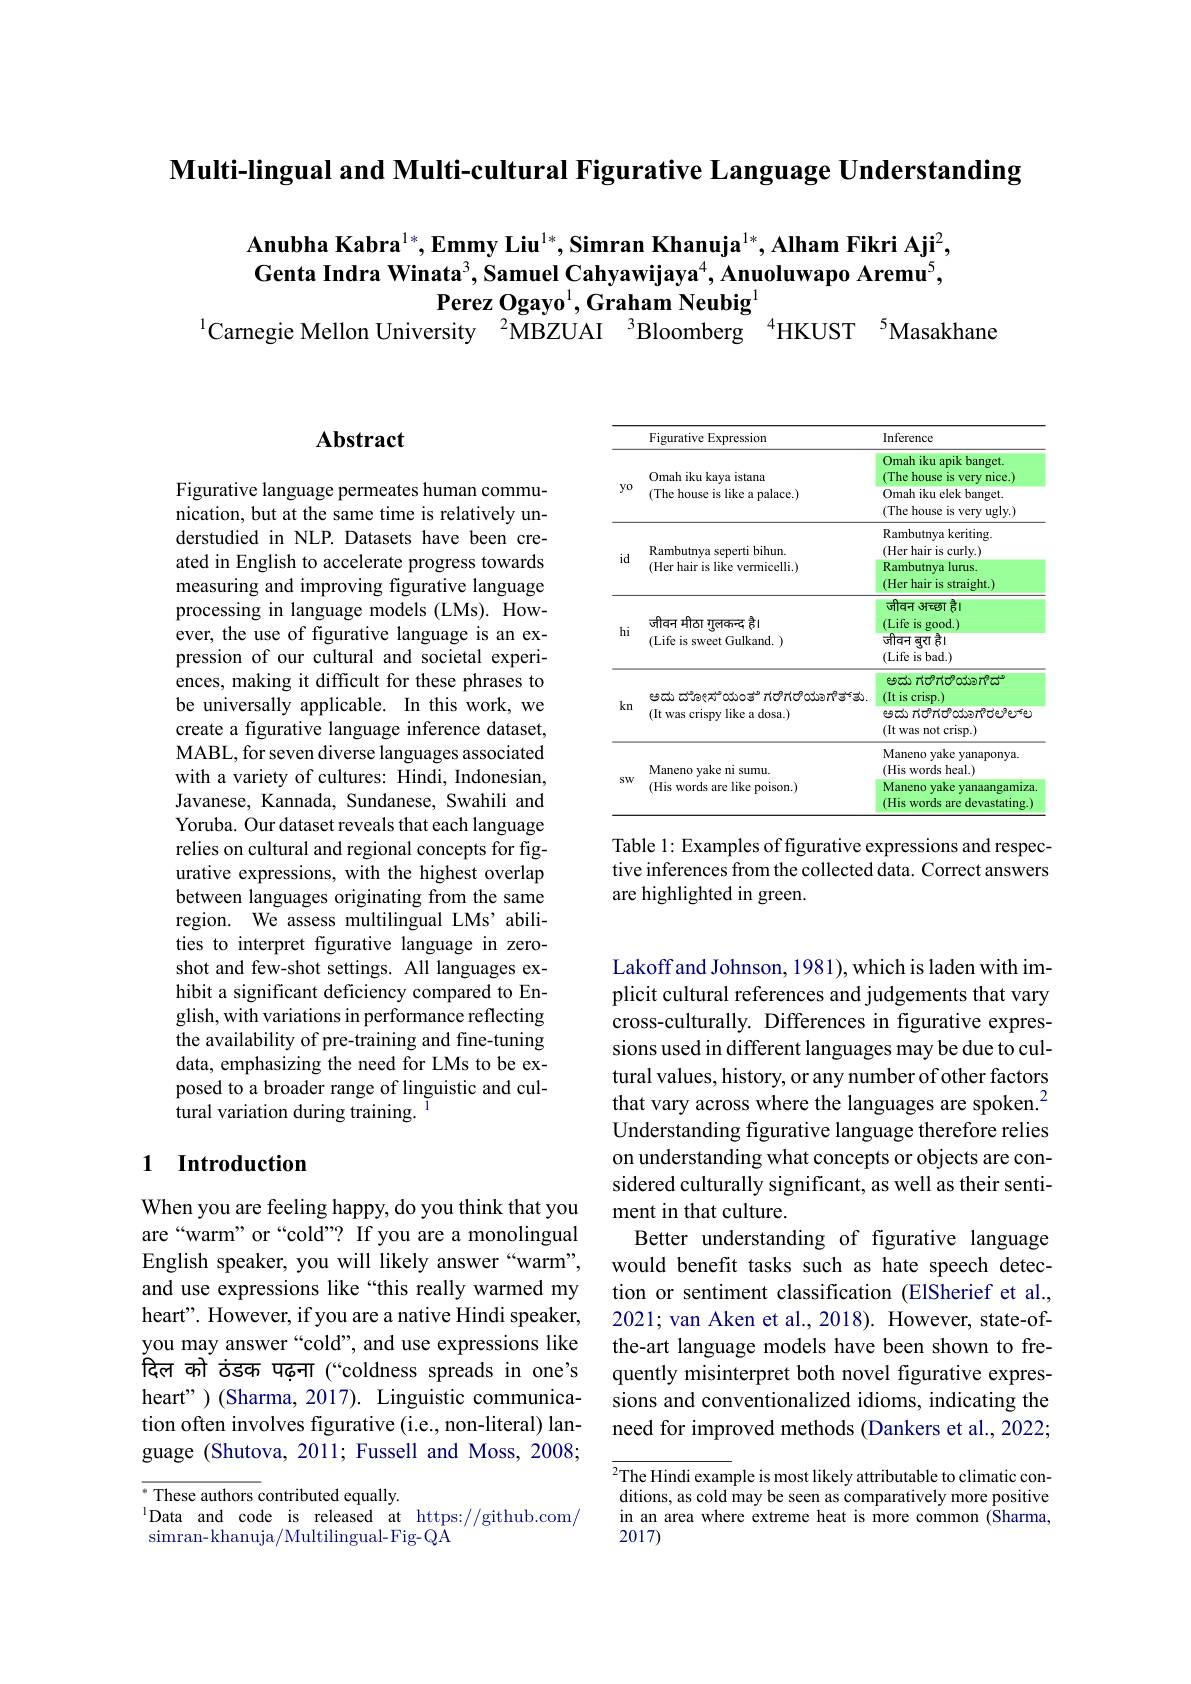
Multi-lingual and Multi-cultural Figurative Language Understanding

Anubha Kabra$^{1*},\textbf{Emmy Liu}^{1*},\textbf{Simran Khanuja}^{1*},\textbf{Alham Fikri Aji}^2$, Genta Indra Winata$^3$,Samuel Cahyawijaya$^4$,Anuoluwapo Aremu$^5$,
Perez Ogayo$^1$,Graham Neubig$^{1}$
$^{1}$Carnegie Mellon University $^{2}$MBZUAI $^{3}$Bloomberg $^{4}$HKUST $^{5}$Masakhane

### $\mathbf{Abstract}$

Figurative language permeates human communication, but at the same time is relatively understudied in NLP. Datasets have been created in English to accelerate progress towards measuring and improving figurative language processing in language models (LMs). However, the use of figurative language is an expression of our cultural and societal experiences, making it difficult for these phrases to be universally applicable. In this work, we create a figurative language inference dataset, MABL, for seven diverse languages associated with a variety of cultures: Hindi, Indonesian, Javanese, Kannada, Sundanese, Swahili and Yoruba. Our dataset reveals that each language relies on cultural and regional concepts for figurative expressions, with the highest overlap between languages originating from the same region. We assess multilingual LMs' abilities to interpret figurative language in zeroshot and few-shot settings. All languages exhibit a significant deficiency compared to English, with variations in performance reflecting the availability of pre-training and fine-tuning data, emphasizing the need for LMs to be exposed to a broader range of linguistic and cultural variation during training.

### 1 Introduction

When you are feeling happy, do you think that you are“warm” or“cold”? If you are a monolingual English speaker, you will likely answer“warm”, and use expressions like “this really warmed my you may answer “cold”, and use expressions like दिल को ॅठंडक पढ़ना (“coldness spreads in one's heart" )(Sharma, 2017). Linguistic communication often involves figurative (i.e., non-literal) language (Shutova, 201l; Fussell and Moss, 2008;

$\overline{{^*\text{These authors }}}$contributed equally.
$^{1}$Data and code is released at https://github.com/
$simran-khanuja/Multilingual-Fig-Q\hat{A}$

<table>
	<tbody>
		<tr>
			<th> </th>
			<th>Figurative Expression</th>
			<th>Inference</th>
		</tr>
		<tr>
			<td rowspan="2">$y0$</td>
			<td>Omah iku kaya istana</td>
			<td>Omah iku apik banget. (The house e is very nice.)</td>
		</tr>
		<tr>
			<td>(The house is like a palace.)</td>
			<td>Omah iku elek banget. (The house is very ugly.)</td>
		</tr>
		<tr>
			<td>$id$</td>
			<td>Rambutnya seperti bihun. (Her hair is like vermicelli.)</td>
			<td>Rambutnya keriting. (Her hair is curly.) Rambutnya lurus. (Her hair is straight.)</td>
		</tr>
		<tr>
			<td>hi</td>
			<td>जीवन मीठा गुलकन्द हे। (Life is sweet Gulkand. )</td>
			<td>जीवन अच्छा क़्षी 吉I (Life is good.) जीवन बुरा हे। (Life is bad.)</td>
		</tr>
		<tr>
			<td>kn</td>
			<td>అదు దాసింల్నాయంతా గరిగరియంగౌవోకు (It was crispy like a dosa.)</td>
			<td>ಅದು ಗರಿಗರೆಯಾಗೆದ್ (It is crisp.) ఆదు గరోగరాయంగిరలిలోల it was not crisp.) (It</td>
		</tr>
		<tr>
			<td rowspan="1">$SW$</td>
			<td>Maneno yake ni sumu. (His words are like poison.)</td>
			<td>Maneno yake yanaponya. (His words heal.) Maneno yake yanaangamiza $(Hisv$ words s are devastating.</td>
		</tr>
	</tbody>
</table>

Table l: Examples of figurative expressions and respective inferences from the collected data. Correct answers are highlighted in green.

Lakoff and Johnson, 1981), which is laden with implicit cultural references and judgements that vary cross-culturally. Differences in figurative expressions used in different languages may be due to cultural values, history, or any number of other factors that vary across where the languages are spoken.$^{2}$ Understanding figurative language therefore relies on understanding what concepts or objects are considered culturally significant, as well as their sentiment in that culture.
Better understanding of figurative language would benefit tasks such as hate speech detection or sentiment classification (ElSherief et al.,
heart". However, if you are a native Hindi speaker, 2021; van Aken et al., 2018). However, state-of-
the-art language models have been shown to frequently misinterpret both novel figurative expressions and conventionalized idioms, indicating the need for improved methods (Dankers et al., 2022;

$^{2}$The Hindi example is most likely attributable to climatic conditions, as cold may be seen as comparatively more positive in an area where extreme heat is more common (Sharma, 2017)